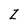
Character: Z